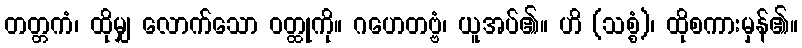
တတ္တကံ၊ ထိုမျှ လောက်သော ဝတ္ထုကို။ ဂဟေတဗ္ဗံ၊ ယူအပ်၏။ ဟိ (သစ္စံ)၊ ထိုစကားမှန်၏။